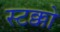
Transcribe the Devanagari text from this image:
स्टक्को